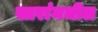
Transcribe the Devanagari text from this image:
स्तरांमधील